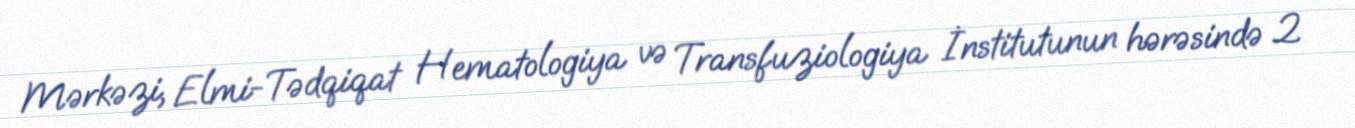
Mərkəzi, Elmi-Tədqiqat Hematologiya və Transfuziologiya İnstitutunun hərəsində 2